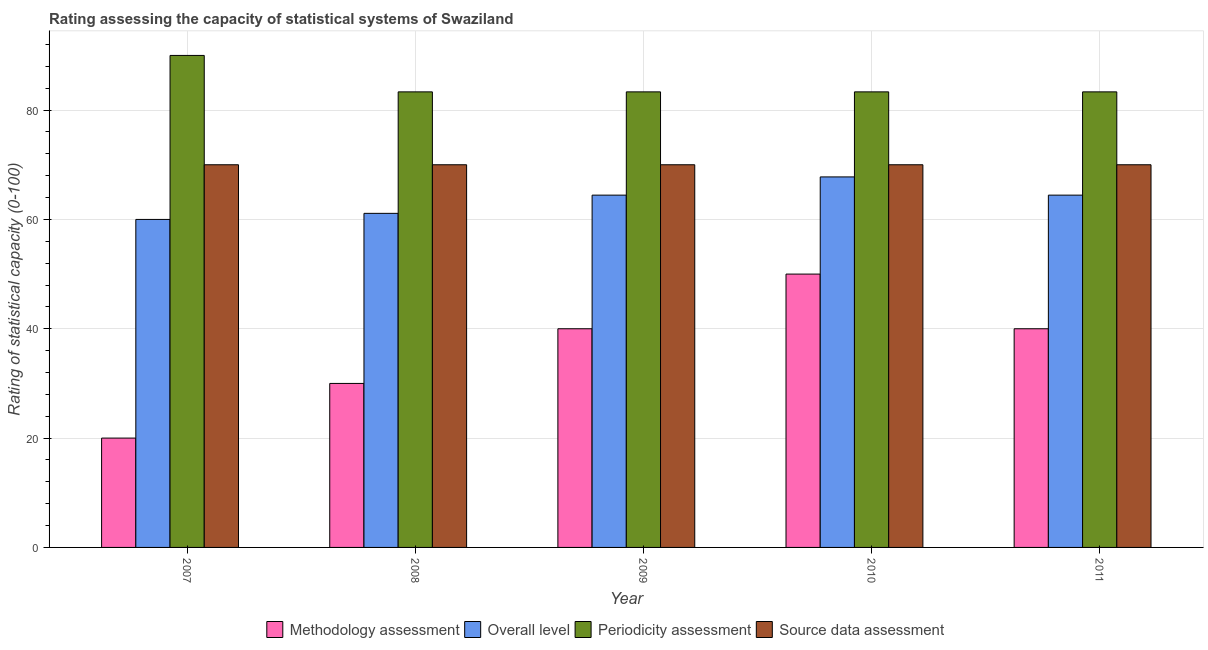
| Year | Methodology assessment | Overall level | Periodicity assessment | Source data assessment |
 | --- | --- | --- | --- | --- |
 | 2007 | 20 | 60 | 90 | 70 |
 | 2008 | 30 | 61.1 | 83.3 | 70 |
 | 2009 | 40 | 64.4 | 83.3 | 70 |
 | 2010 | 50 | 67.8 | 83.3 | 70 |
 | 2011 | 40 | 64.4 | 83.3 | 70 |